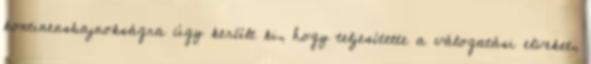
kontinensbajnokságra úgy került ki, hogy teljesítette a válogatási elveket,